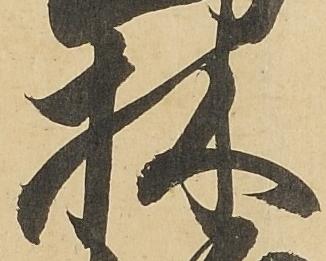
林